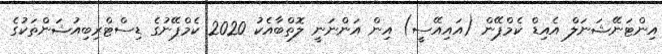
އިންޓަނޭޝަނަލް އެއިޑް ކެމްޕޭން (އައިއޭސީ) އިން އަންނަނީ ލޮތްބާއެކު 2020 ކެމްޕޭނުގެ ޑިސްޓްރިބިއުޝަންތަކުގެ